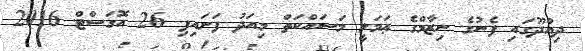
ދިއްދޫގައި ފެނުގެ ނިޒާމްގެ ޢަމަލީ މަސައްކަތް މިއަދު ފަށައިފި 26 އޮގަސްޓް 2016